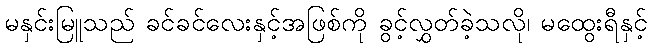
မနှင်းမြူသည် ခင်ခင်လေးနှင့်အဖြစ်ကို ခွင့်လွှတ်ခဲ့သလို၊ မထွေးရီနှင့်